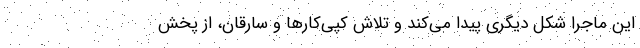
این ماجرا شکل‌ دیگری پیدا می‌کند و تلاش کپی‌کارها و سارقان، از پخش